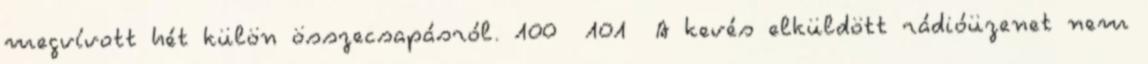
megvívott hét külön összecsapásról. 100 101 A kevés elküldött rádióüzenet nem